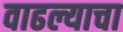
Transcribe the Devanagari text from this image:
वाढल्याचा